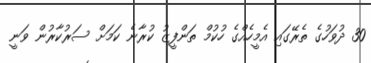
30 ދުވަހުގެ ތެރޭގައި އެމީހެއްގެ ހުކުމް ތަންފީޒު ކުރާނެ ކަމަށް ސަރުކާރުން ވަނީ